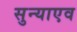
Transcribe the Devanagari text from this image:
सुन्याएव